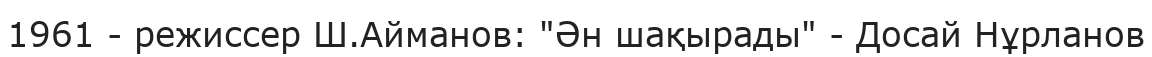
1961 - режиссер Ш.Айманов: "Ән шақырады" - Досай Нұрланов